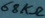
Text: 68KΩ